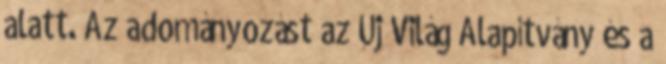
alatt. Az adományozást az Új Világ Alapítvány és a